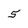
Character: 5